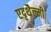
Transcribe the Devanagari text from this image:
एदृथैल्मी